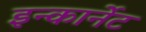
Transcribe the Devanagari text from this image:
इन्कार्नेट